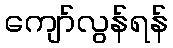
ကျော်လွန်ရန်